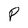
Character: P